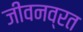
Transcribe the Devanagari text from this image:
जीवनव्रत